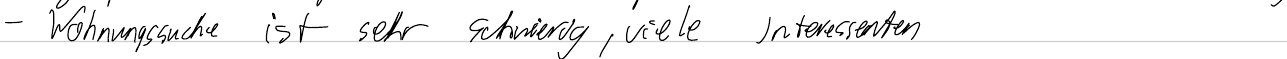
- Wohnungssuche ist sehr schwierig, viele Interessenten